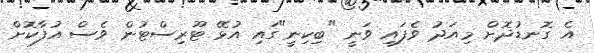
އެ ގޮނޑުދޮށް މިއަދު ވެފައި ވަނީ "ބިކިނީ"ގައި އުޅޭ ޓޫރިސްޓުން ވެސް އުފާކޮށް